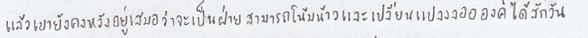
แล้วเขายังคงหวังอยู่เสมอว่าจะเป็นฝ่ายสามารถโน้มน้าวและเปลี่ยนแปลงลออองค์ได้สักวัน